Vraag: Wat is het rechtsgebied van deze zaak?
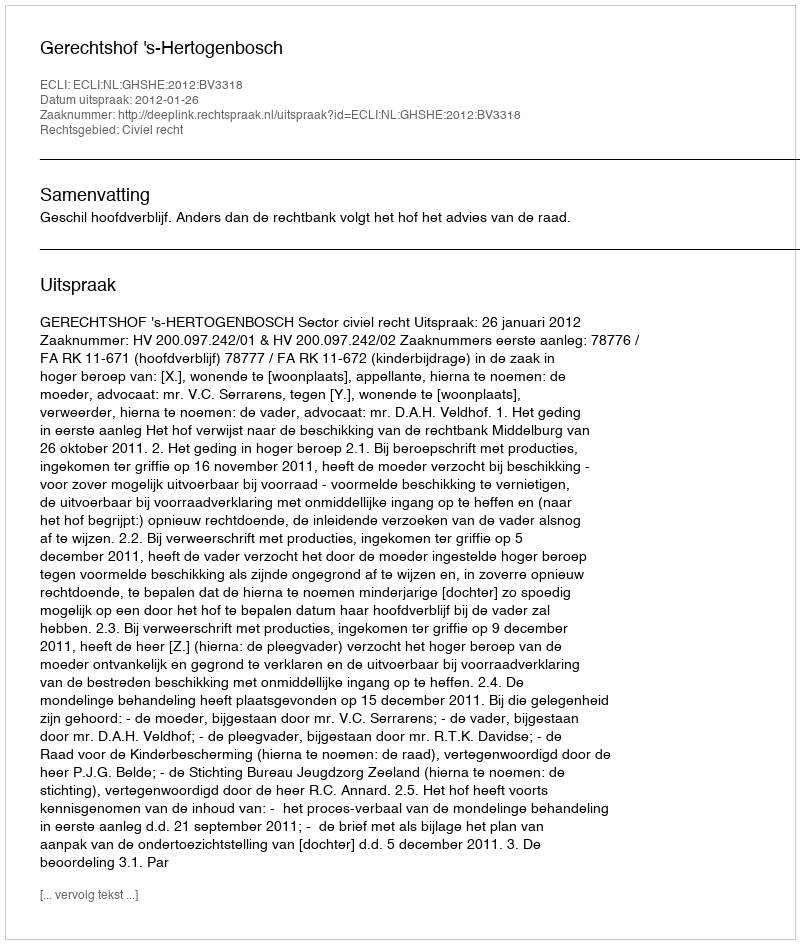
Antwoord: Civiel recht